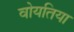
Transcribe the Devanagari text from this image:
वोयतिया